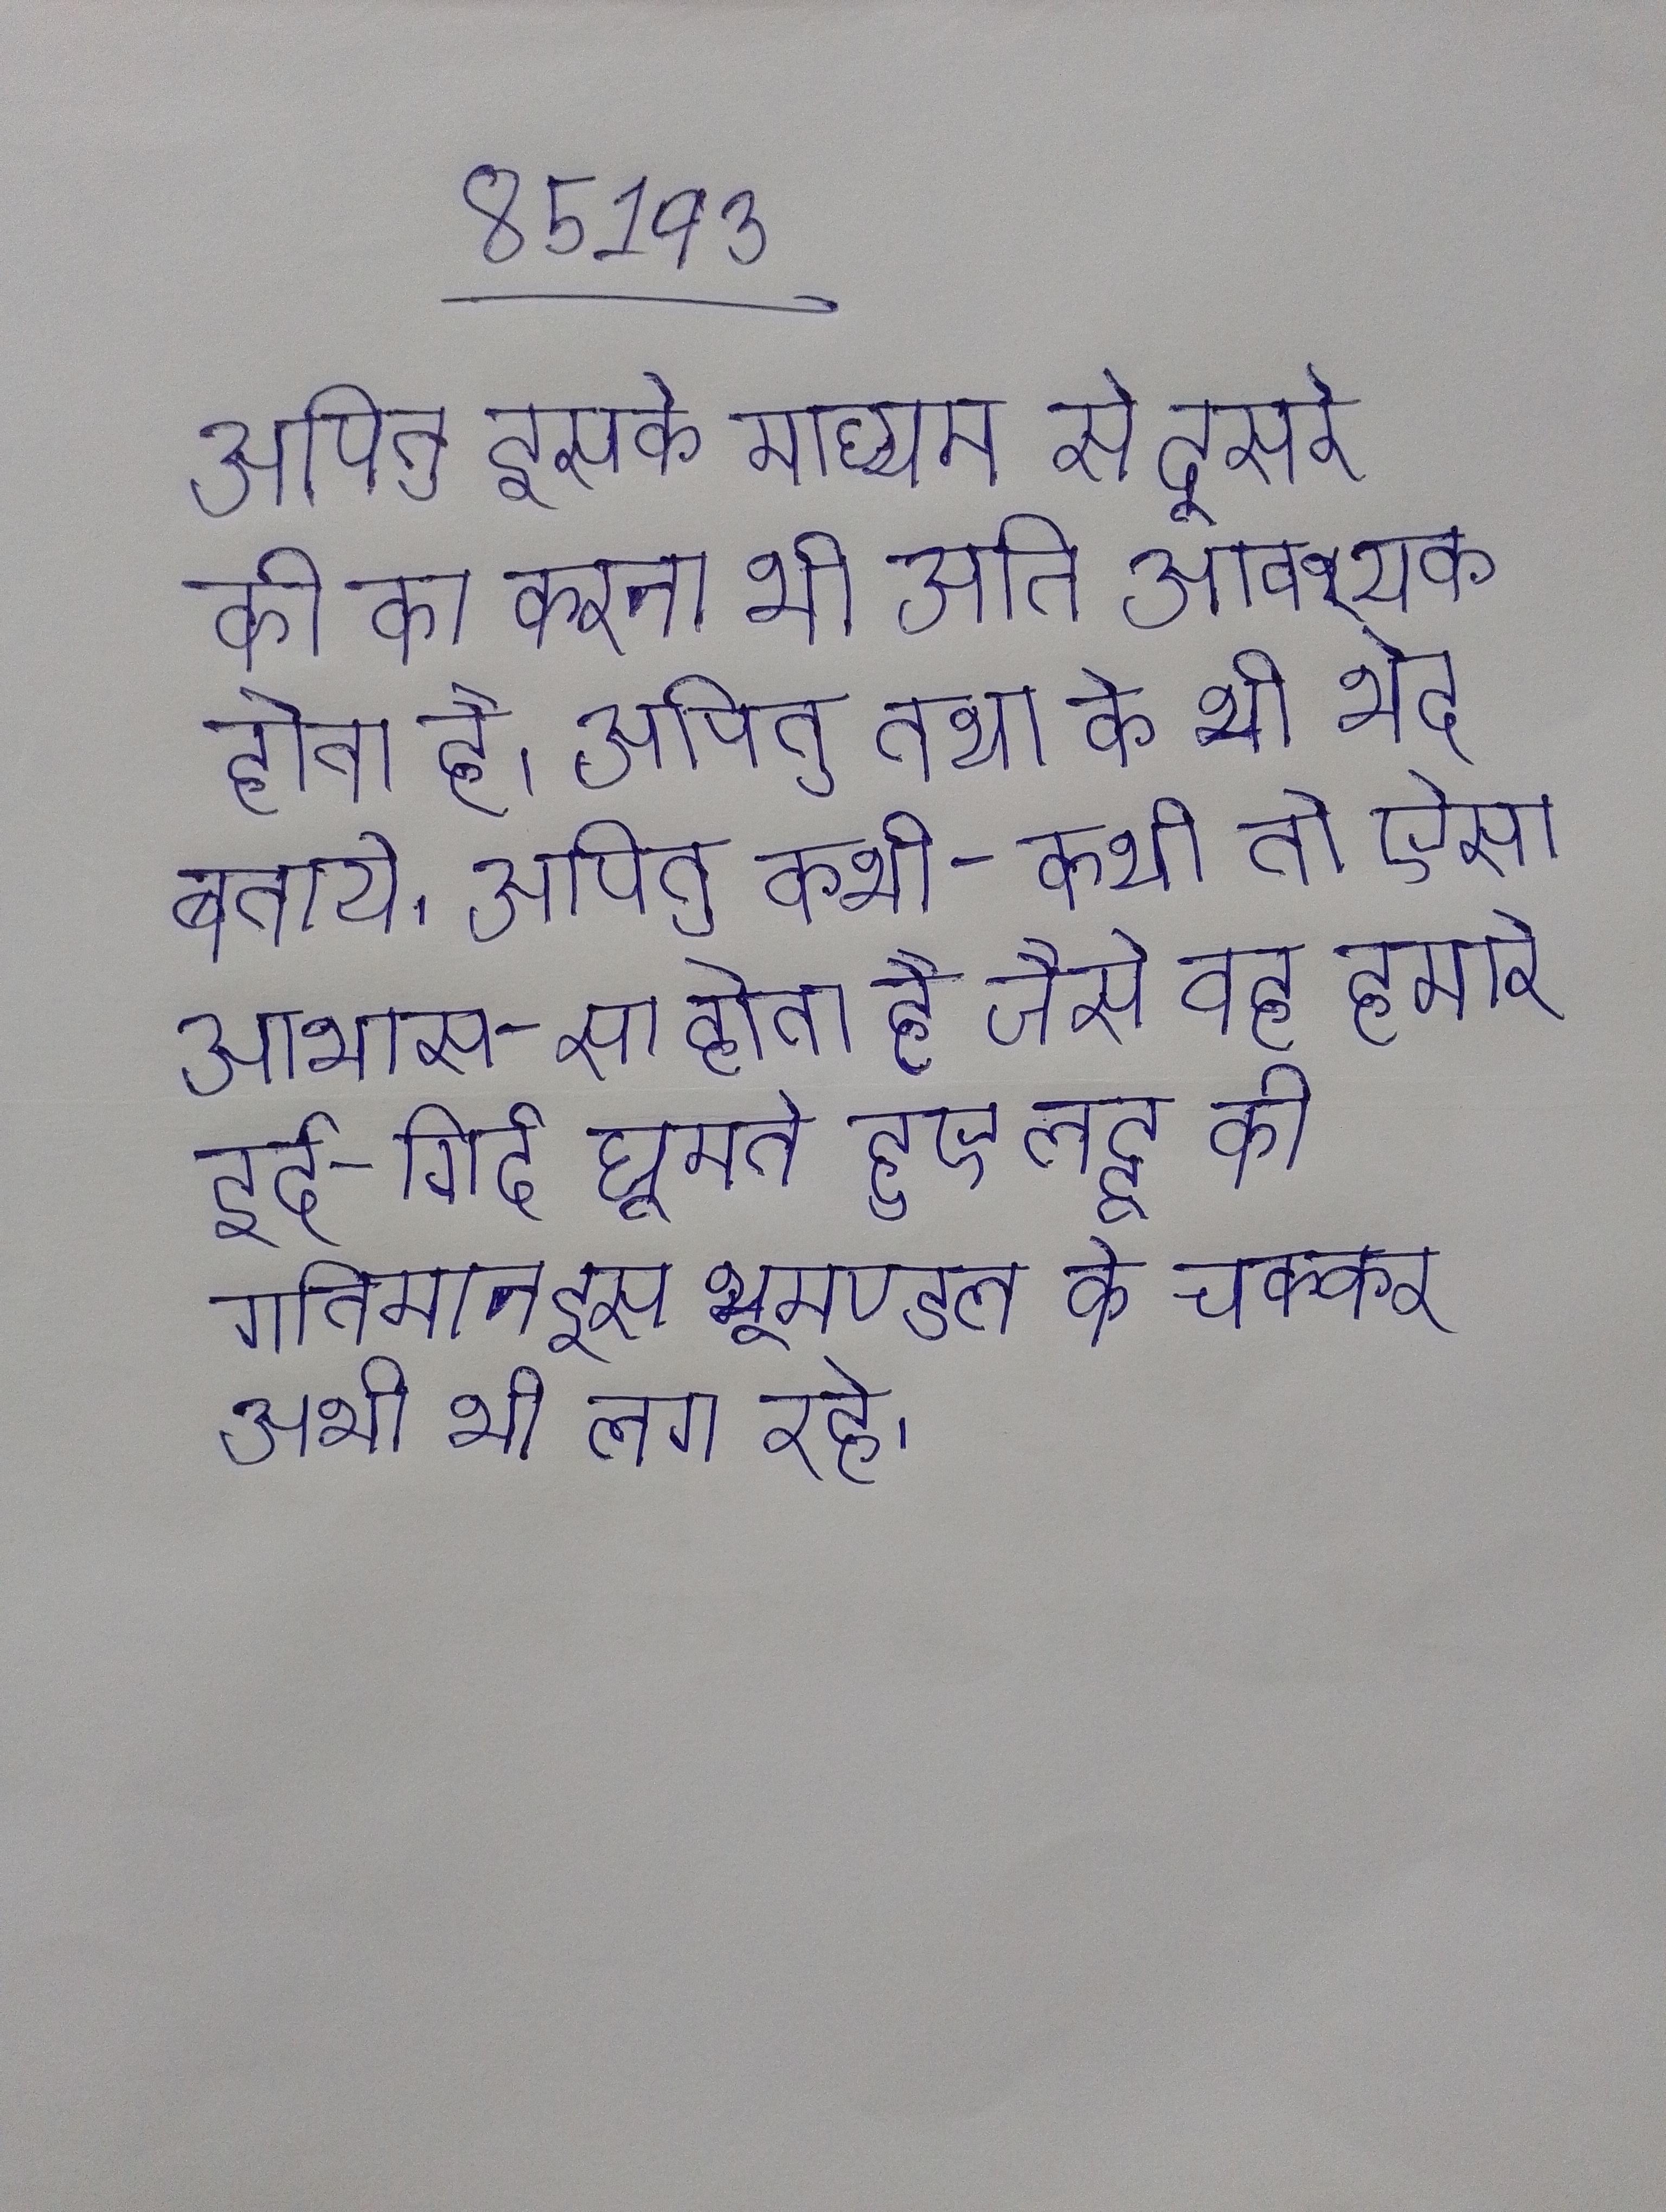
अपितु इसके माध्यम से दूसरे की का करना भी अति आवश्यक होता है । अपितु तथा के भी भेद बताये । अपितु कभी-कभी तो ऐसा आभास-सा होता है जैसे वह हमारे इर्द-गिर्द घूमते हुए लट्टू की गतिमान इस भूमण्डल के चक्कर अभी भी लगा रहे ।